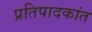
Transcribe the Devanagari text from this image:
प्रतिपादकांत